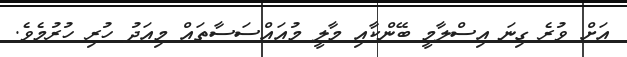
އަށް ވުރެ ގިނަ އިސްލާމީ ބޭންކާއި މާލީ މުއައްސަސާތައް މިއަދު ހުރި ހުރުމެވެ.